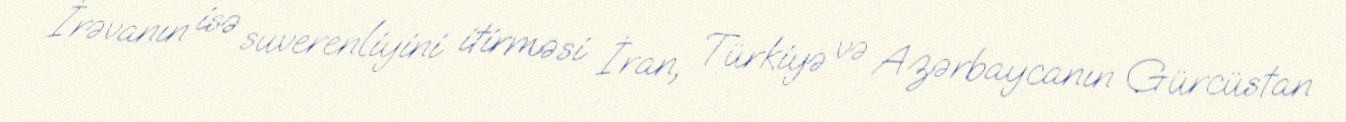
İrəvanın isə suverenliyini itirməsi İran, Türkiyə və Azərbaycanın Gürcüstan